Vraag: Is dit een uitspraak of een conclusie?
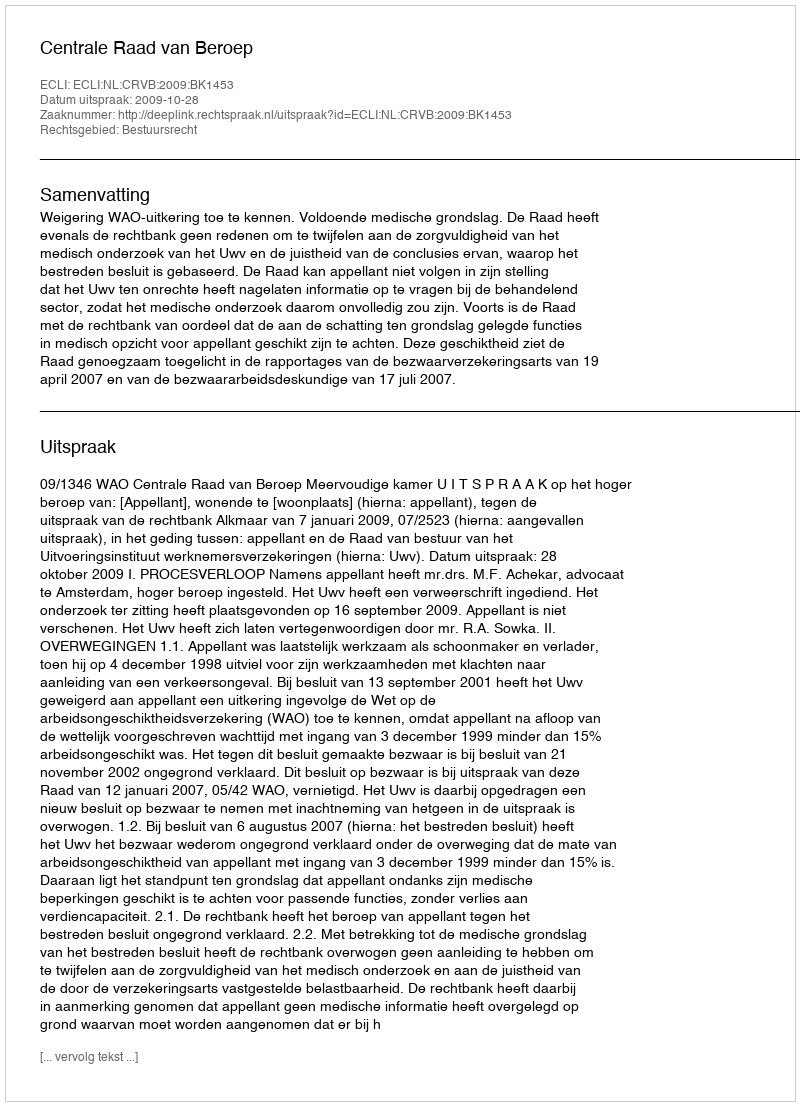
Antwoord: Uitspraak